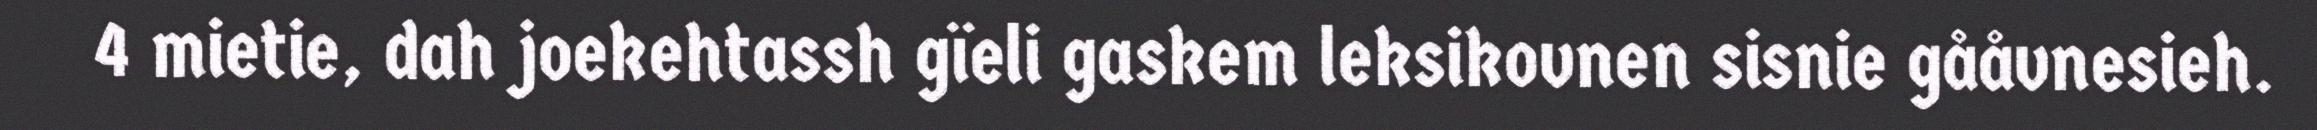
4 mietie, dah joekehtassh gïeli gaskem leksikovnen sisnie gååvnesieh.